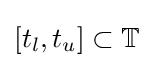
[t_{l},t_{u}]\subset \mathbb {T}